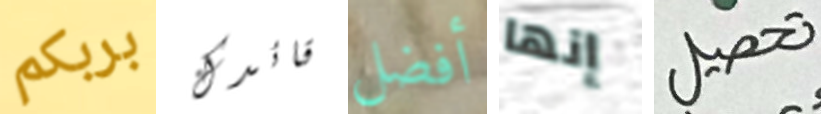
بربكم قائدك أفضل إنها تحصيل